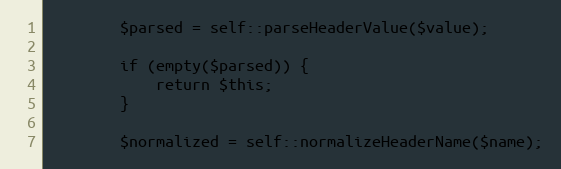
Language: PHP
		$parsed = self::parseHeaderValue($value);

		if (empty($parsed)) {
			return $this;
		}

		$normalized = self::normalizeHeaderName($name);